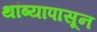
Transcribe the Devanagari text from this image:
थांब्यापासून